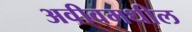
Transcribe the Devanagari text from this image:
अवीवमधील